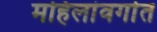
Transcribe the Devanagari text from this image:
महिलांवर्गात